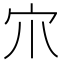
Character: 𡦾